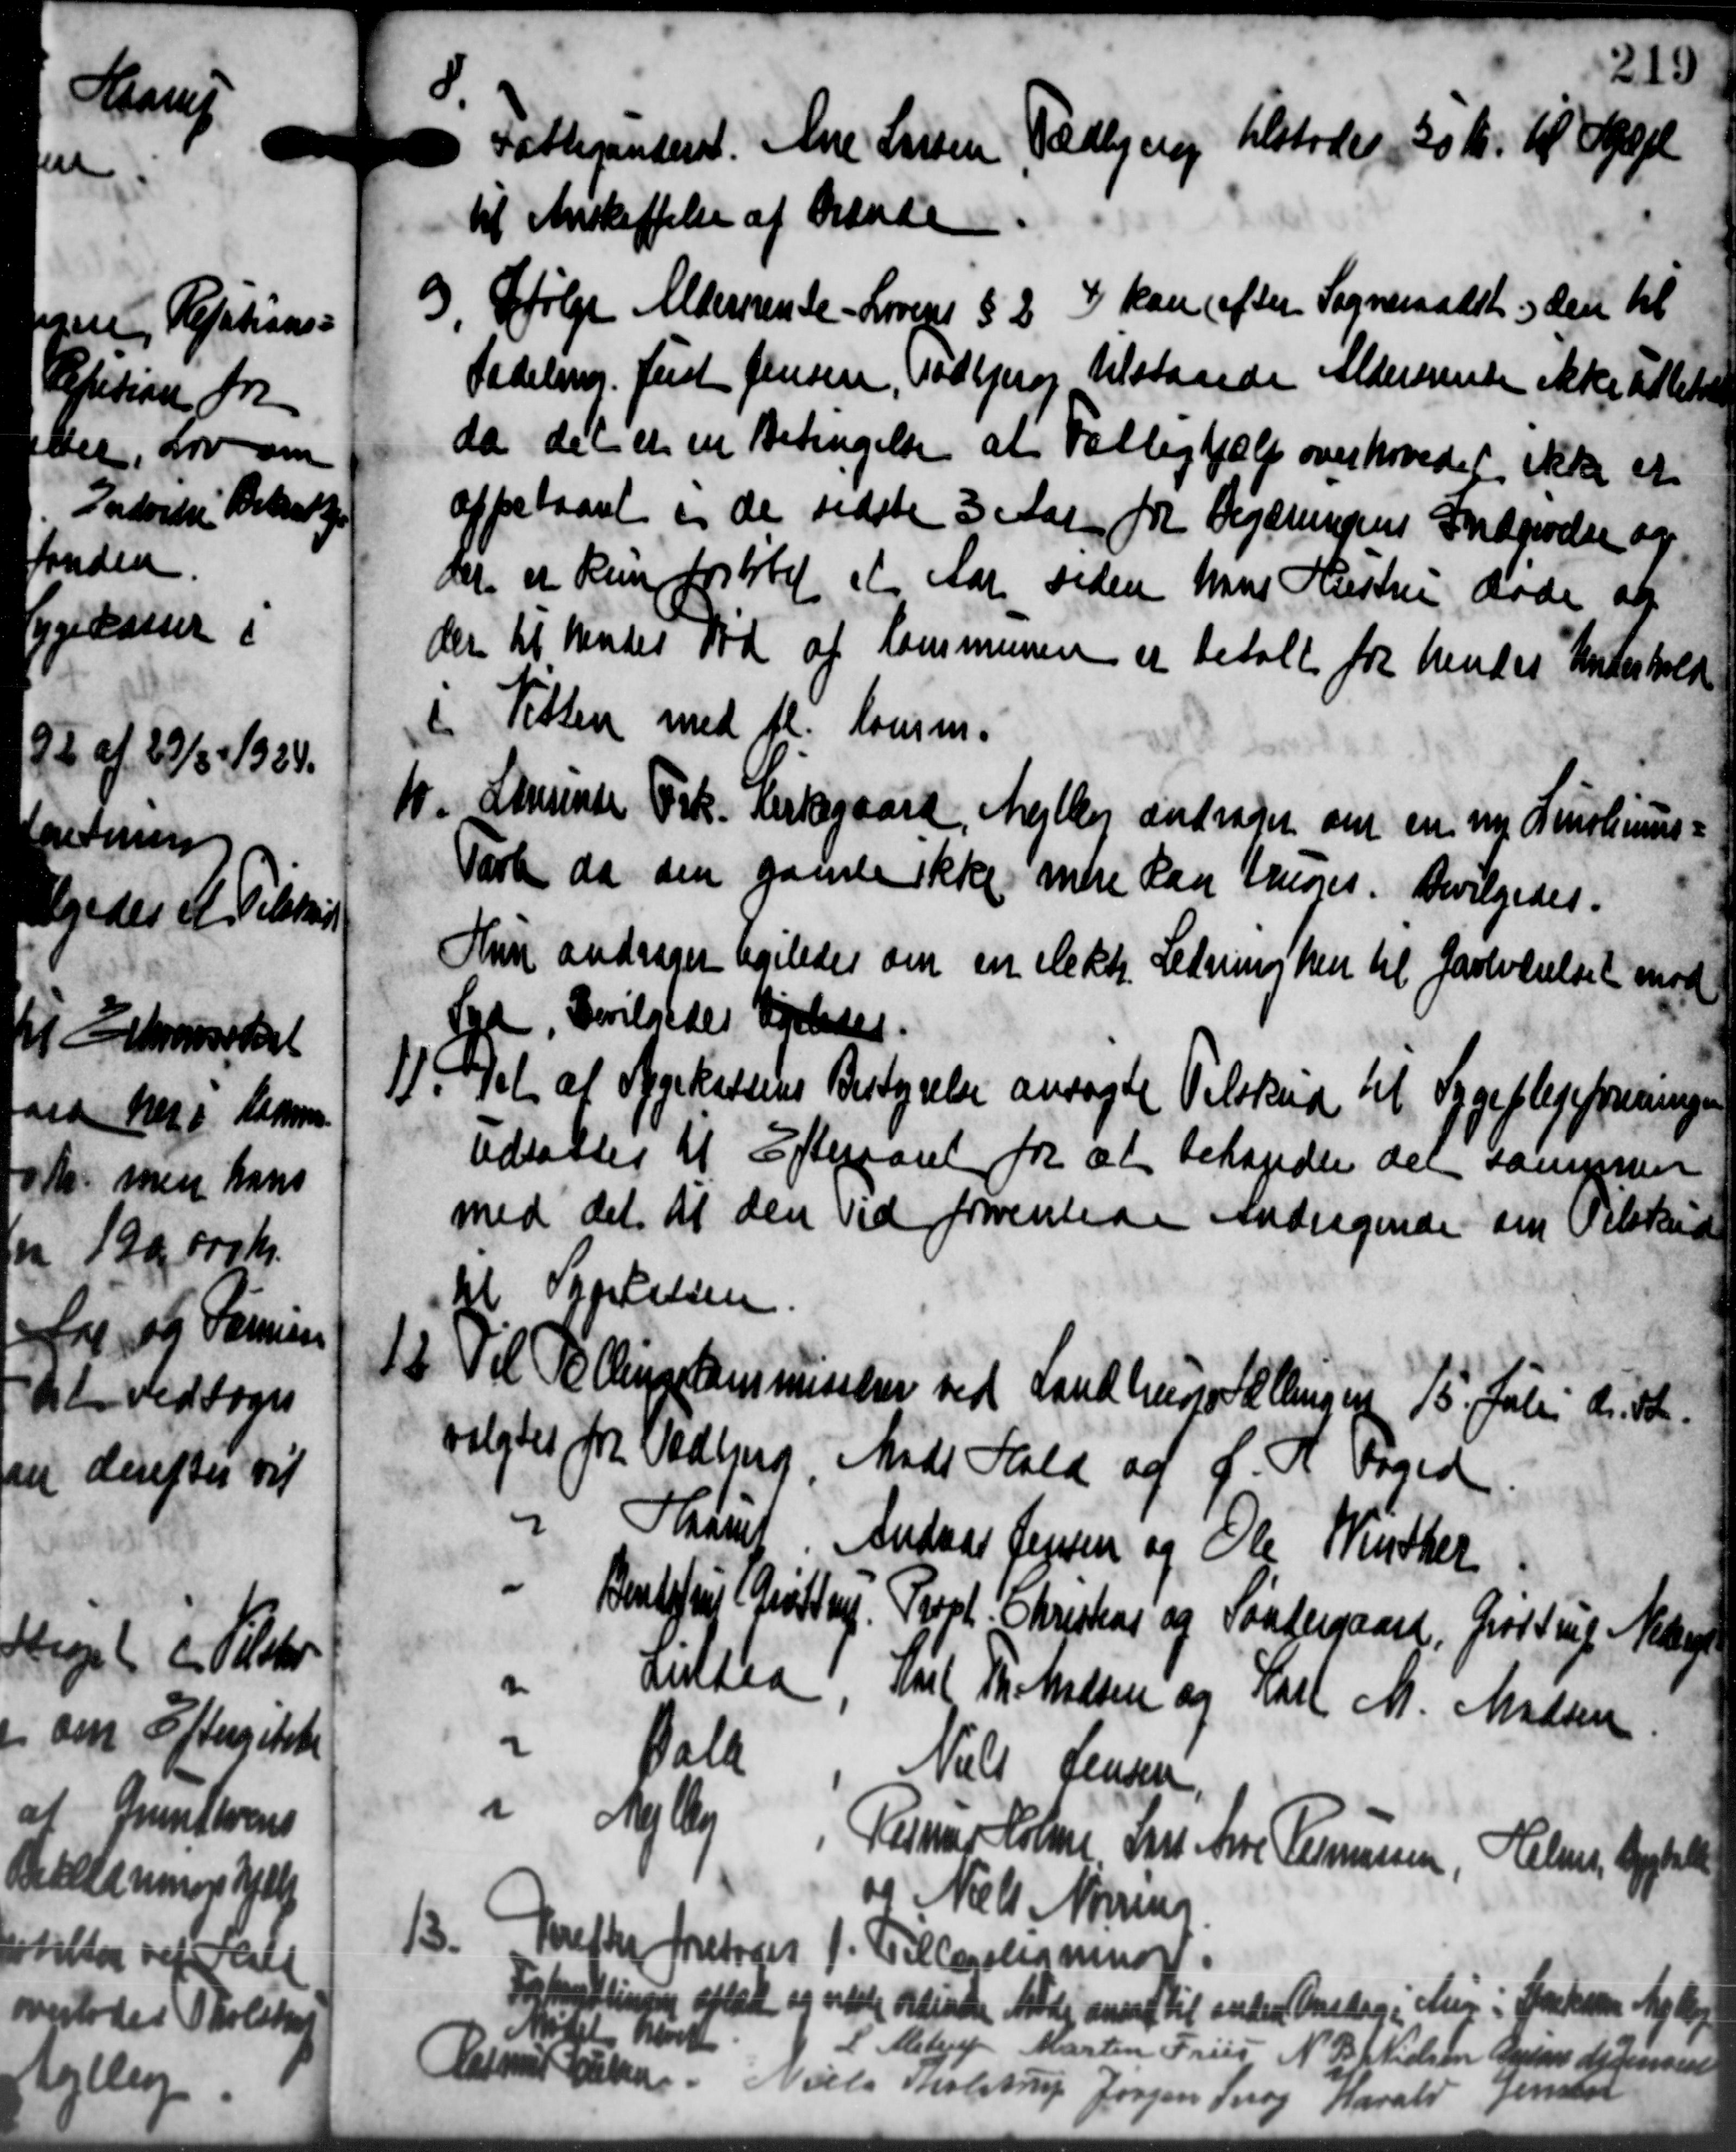
Transskription:
0
 Fattigunderst. Ane Larsen Todbjerg tilstodes 30 Kr. til Spejl
til Anskaffelse af Brænde
o) Ifølge Aldersrente - Lovens § 2 ) kan efter Sogneraadet og den til
o) Ifølge Aldersrente - Lovens § 2 ) kan efter Sogneraadet og den til
Sadeling. Just Jensen, Todbjerg tilstaaede Aldersrente ikke udbetales
da det er en Betingelse af Fattighjælp overhovedet ikke et
afpetaaret og de sidste 3 Aar for Begæringens Indgivelse og
der er Renforstilet et Aar siden hans Hustru Møde af
der til Under Tid af Kommunen er betalt for hendes Underhold
i Titten med fl. Lousm.
10. Larsende Frk. Kirkegaard, Mejlby andrager om en ny Linolius-
10. Larsende Frk. Kirkegaard, Mejlby andrager om en ny Linolius-
Tarke da den gamle ikke indre Paa Krones. Bevilgedes.
Hun andrager ligeledes om en elektr. Ledning hen til Jarlværelset mod
d, Bevilgedes Ligeledes.
11. Del af Agekassens Bestyrelse ansøgte Tilskud til Sygeplejeforeningen
11. Del af Agekassens Bestyrelse ansøgte Tilskud til Sygeplejeforeningen
Udsattes til Efterraret for at behandle den sammen
med det at den vid forventede Andragende om Tilskud
Spielsen
12 Til Tællinge kommisker ved Landbruge Tællingen 15 Julii d. 12.
12 Til Tællinge kommisker ved Landbruge Tællingen 15 Julii d. 12.
valgtes fra Vedlig Mads Hald af J. H. Foged
Hanuf. Andras Jensen og Ole Winther
Bentefrie (Grostrup
Prpt. Christian og Sóndergaard.
Grodtung Nielsen
Hultea
Karl Th. Madsen og Karl M. Madsen
Dalt
Niels Jensen
Mejlby
Rasmus Holme Skr. Ane Rasmussen, Helms, Lykke
og Niels Norsens
13. Krefter foretoges 1. Tillægsligning
13. Krefter foretoges 1. Tillægsligning
andlingen afledt og næste ordinære Møde aner til anden Onsdag i Men i Haakon Ak
Mødet hørt L. Alstrup Martin Friis N. B. Nielsen Baron H. Jensen
Rasmus Nielsen Niels Tholstrup Jørgen Snog Harald Jensen